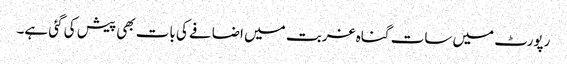
رپورٹ میں سات گناہ غربت میں اضافے کی بات بھی پیش کی گئی ہے۔